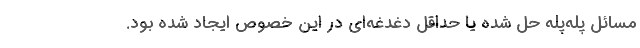
مسائل پله‌پله حل شده یا حداقل دغدغه‌ای در این خصوص ایجاد شده بود.